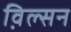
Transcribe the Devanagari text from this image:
व़िल्सन